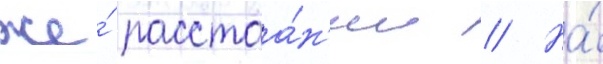
же́ расстоа́н'ии // На́